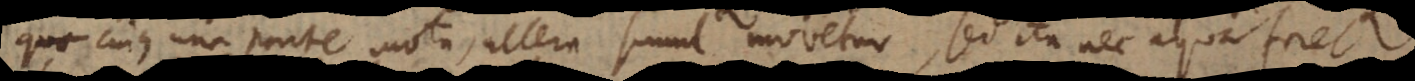
quo cujus una parte mota, altera simul movetur, sed ita nec aqua foret